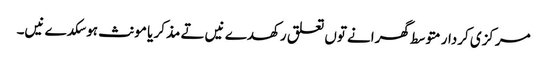
مرکزی کردار متوسط گھرانے تو‏ں تعلق رکھدے نیں تے مذکر یا مونث ہوسکدے نیں۔